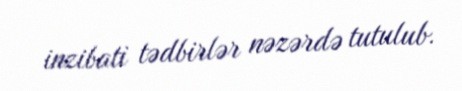
inzibati tədbirlər nəzərdə tutulub.